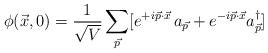
LaTeX: \begin{align*}\phi(\vec{x},0)={1\over {\sqrt{V}}} \sum_{\vec{p}}[e^{+ i \vec{p} \cdot \vec{x}} \, a_{\vec{p}} + e^{- i \vec{p} \cdot \vec{x}} a_{\vec{p}}^{\dag}]\end{align*}